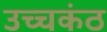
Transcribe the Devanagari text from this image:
उच्चकंठ